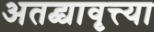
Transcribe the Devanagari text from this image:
अतद्व्यावृत्त्या